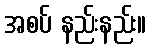
အစပ် နည်းနည်း။